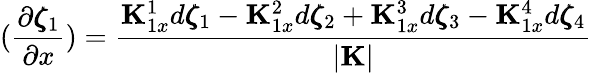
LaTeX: (\frac{\partial\pmb{\zeta}_{1}}{\partial x})=\frac{{\mathbf K}_{1x}^{1}d\pmb{\zeta}_{1}-{\mathbf K}_{1x}^{2}d\pmb{\zeta}_{2}+{\mathbf K}_{1x}^{3}d\pmb{\zeta}_{3}-{\mathbf K}_{1x}^{4}d\pmb{\zeta}_{4}}{|{\mathbf K}|}